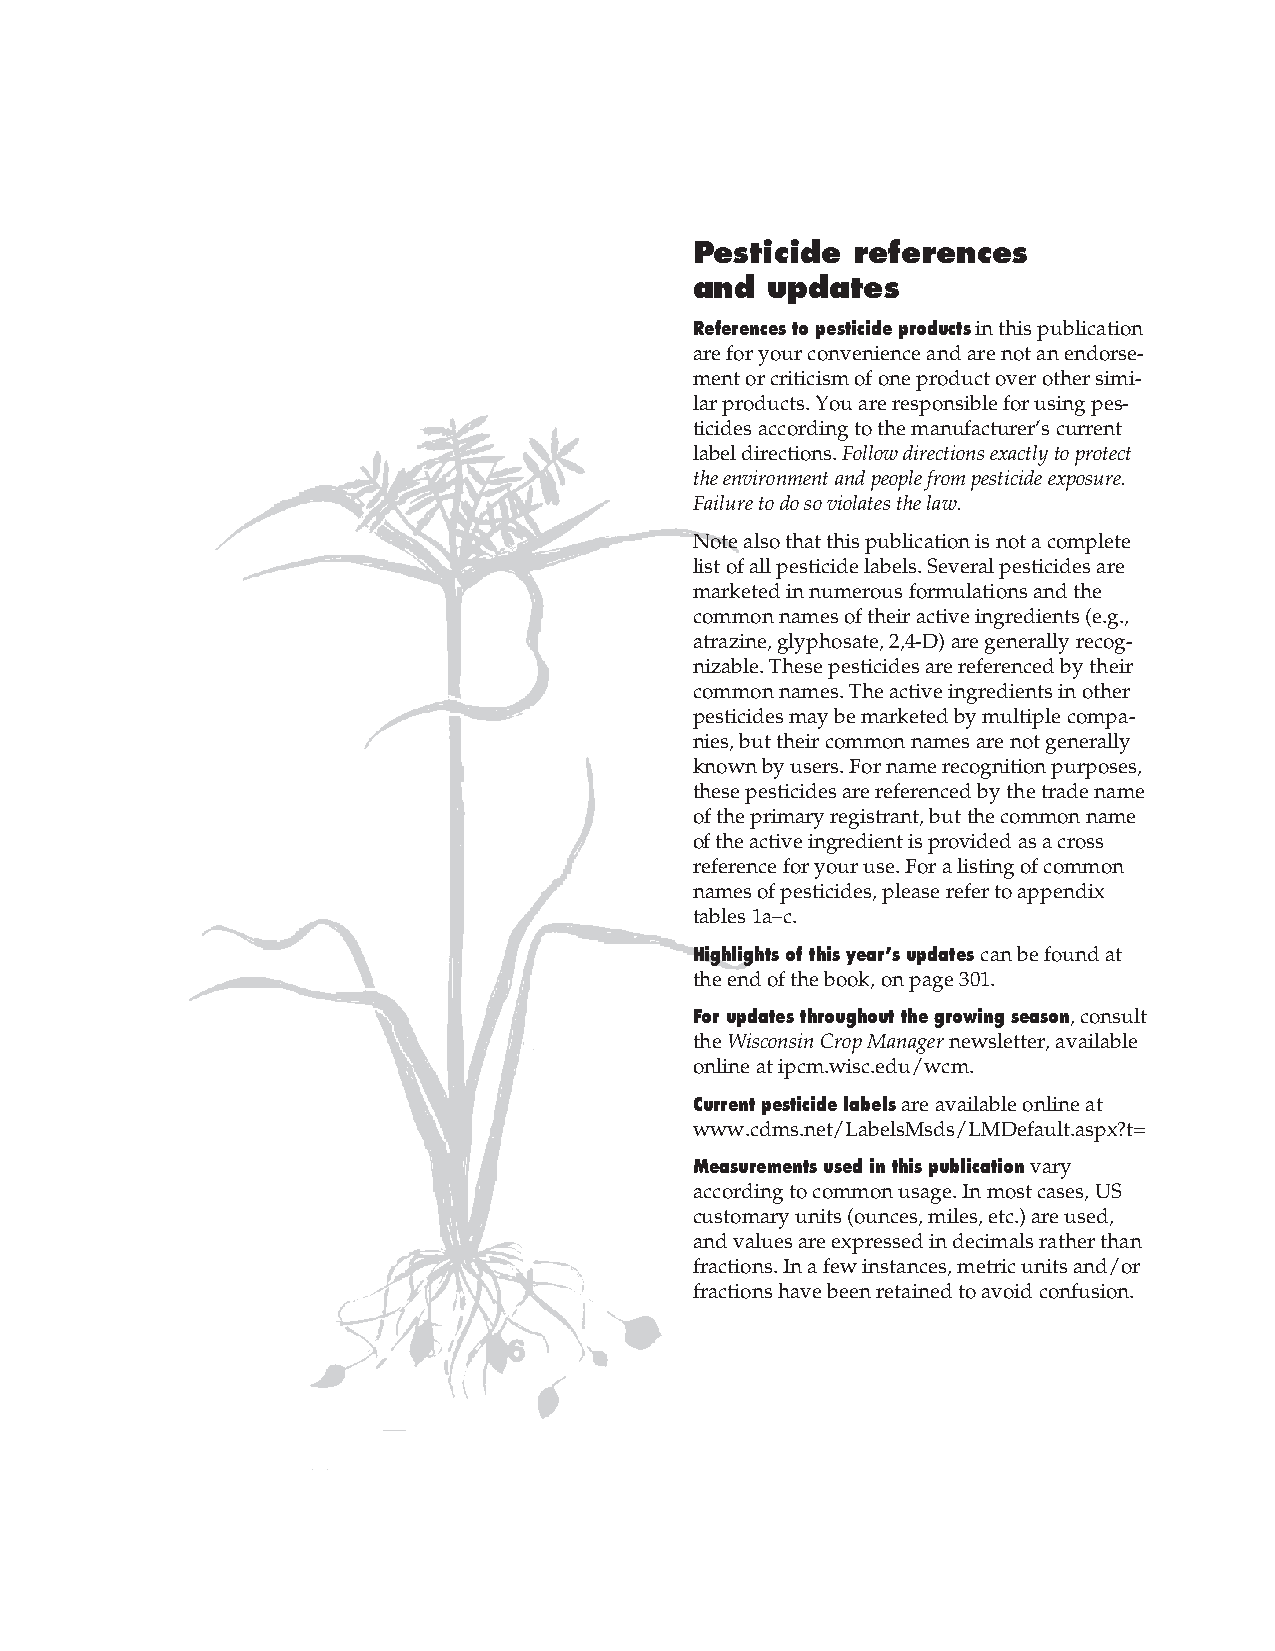
Pesticide  references
 and  updates
 References to pesticide products in this publication
 are for your convenience and are not an endorse-
 ment or criticism of one product over other simi-
 lar products. You are responsible for using pes-
 ticides according to the manufacturer’s current
 label directions. Follow directions exactly to protect
 the environment and people from pesticide exposure.
 Failure to do so violates the law.
 Note also that this publication is not a complete
 list of all pesticide labels. Several pesticides are
 marketed in numerous formulations and the
 common names of their active ingredients (e.g.,
 atrazine, glyphosate, 2,4-D) are generally recog-
 nizable. These pesticides are referenced by their
 common names. The active ingredients in other
 pesticides may be marketed by multiple compa-
 nies, but their common names are not generally
 known by users. For name recognition purposes,
 these pesticides are referenced by the trade name
 of the primary registrant, but the common name
 of the active ingredient is provided as a cross
 reference for your use. For a listing of common
 names of pesticides, please refer to appendix
 tables 1a–c.
 Highlights of this year’s updates can be found at
 the end of the book, on page 301.
 For updates throughout the growing season, consult
 the Wisconsin Crop Manager newsletter, available
 online at ipcm.wisc.edu/wcm.
 Current pesticide labels are available online at
 www.cdms.net/LabelsMsds/LMDefault.aspx?t=
 Measurements used in this publication vary
 according to common usage. In most cases, US
 customary units (ounces, miles, etc.) are used,
 and values are expressed in decimals rather than
 fractions. In a few instances, metric units and/or
 fractions have been retained to avoid confusion.